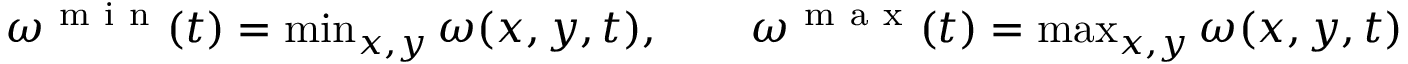
\begin{array} { r } { \omega ^ { \mathrm { ~ m ~ i ~ n ~ } } ( t ) = \operatorname* { m i n } _ { x , y } \omega ( x , y , t ) , \quad \quad \omega ^ { \mathrm { ~ m ~ a ~ x ~ } } ( t ) = \operatorname* { m a x } _ { x , y } \omega ( x , y , t ) } \end{array}